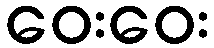
ဝေးဝေး